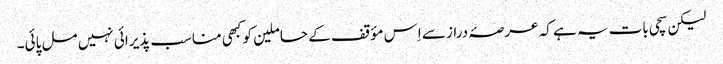
لیکن سچی بات یہ ہے کہ عرصۂ دراز سے اِس مؤقف کے حاملین کو کبھی مناسب پذیرائی نہیں مل پائی۔